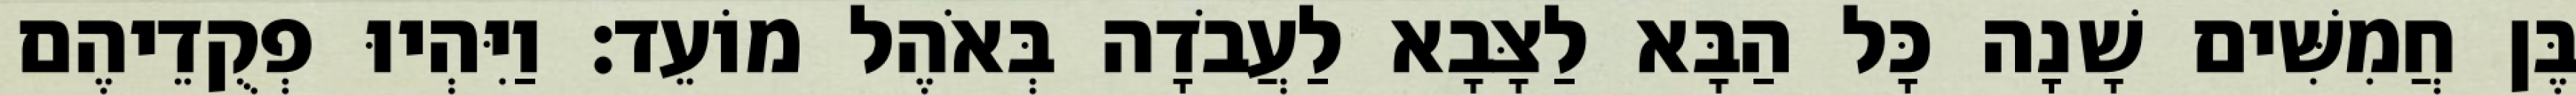
בֶּן חֲמִשִּׁים שָׁנָה כָּל הַבָּא לַצָּבָא לַעֲבֹדָה בְּאֹהֶל מוֹעֵד׃ וַיִּהְיוּ פְקֻדֵיהֶם